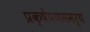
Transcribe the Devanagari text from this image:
प्रक्षेपणसमर्थ